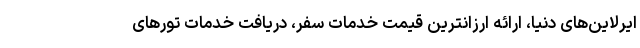
ایرلاین‌های دنیا، ارائه ارزانترین قیمت خدمات سفر، دریافت خدمات تورهای